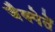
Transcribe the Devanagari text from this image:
जैक्पेतें